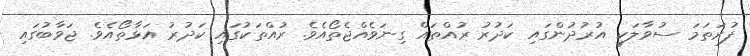
ފުރަތަމަ ސުވާލަކީ އުރުދުންގައި ކަދުރު ރުއްތައް ގިނަވެއްޖެތޯއެވެ. ރުއްތަކުގައި ކަދުރު އަޅާތޯއެވެ. ޖަވާބުގައި